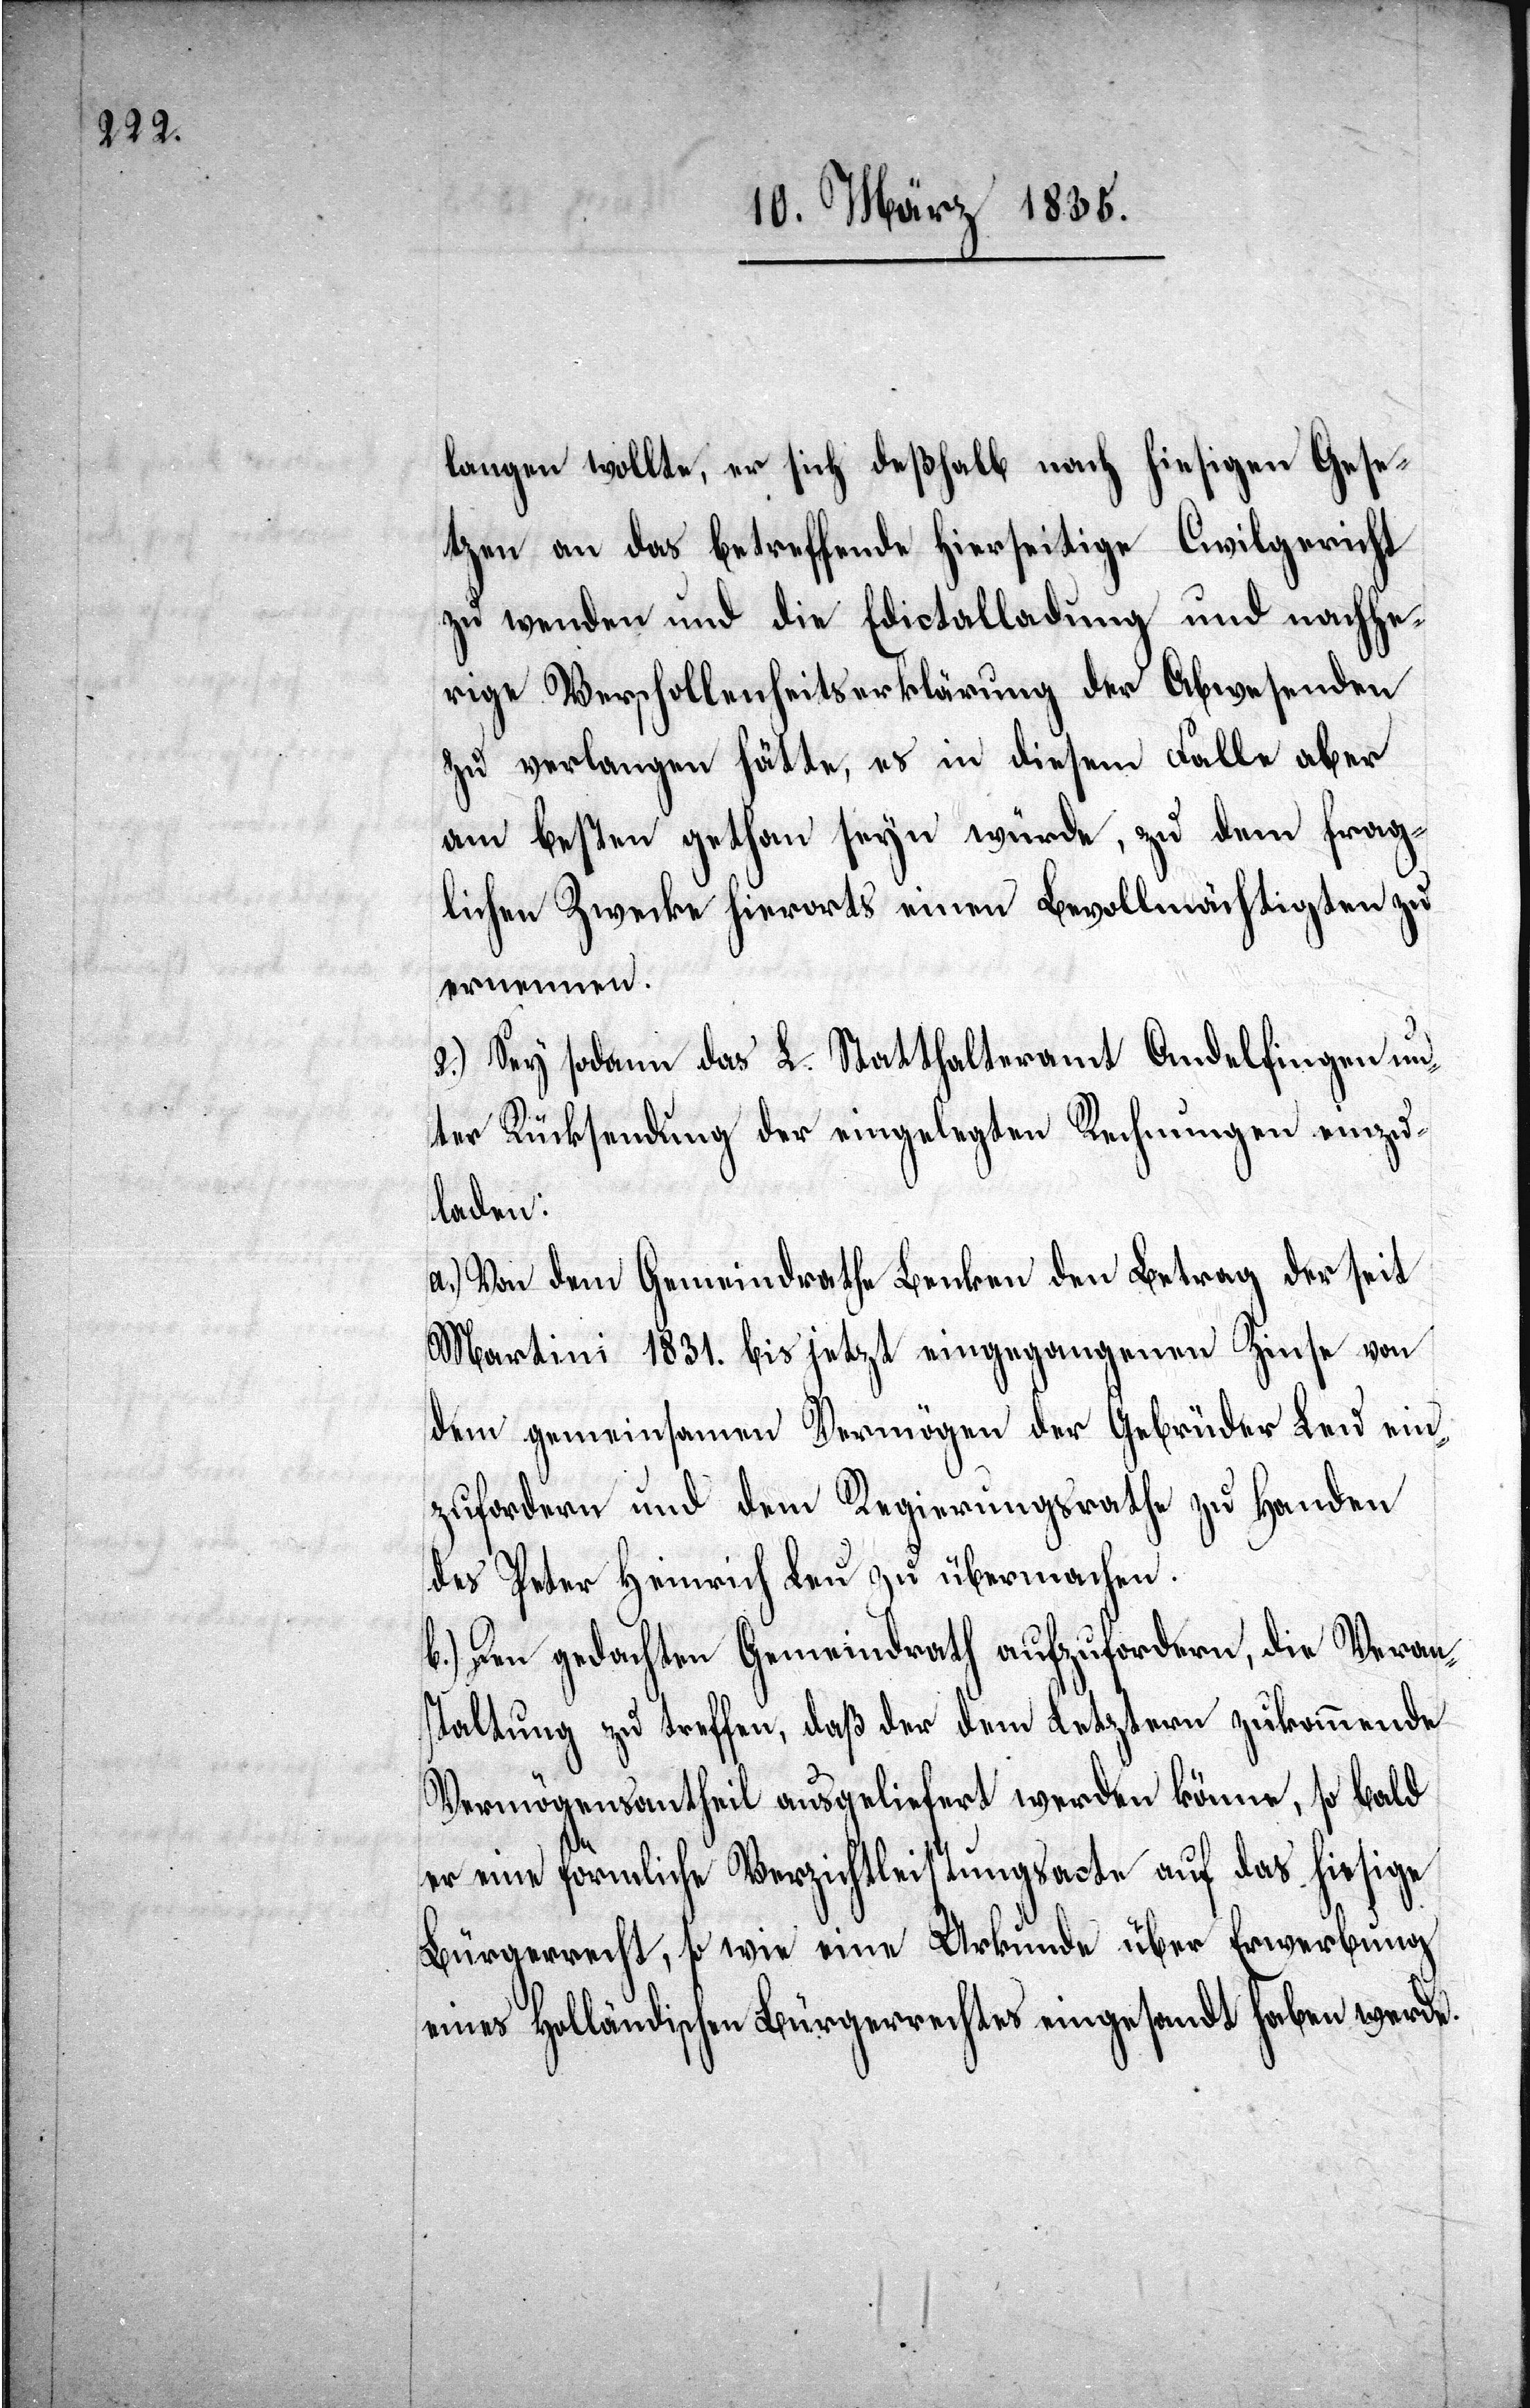
langen wollte, er sich deßhalb nach hiesigen Gese¬
tzen an das betreffende hierseitige Civilgericht
zu wenden und die Edictalladung und nachhe¬
rige Verschollenheitserklärung der Abwesenden
zu verlangen hätte, es in diesem Falle aber
am besten gethan seyn würde, zu dem frag¬
lichen Zwecke hierorts einen Bevollmächtigten zu
ernennen.
2.) Sey sodann das L. Statthalteramt Andelfingen un¬
ter Rücksendung der eingelegten Rechnungen einzu¬
laden:
a.) Von dem Gemeindrathe Benken den Betrag der seit
Martini 1831. bis jetzt eingegangenen Zinse von
dem gemeinsamen Vermögen der Gebrüder Leu ein¬
zufordern und dem Regierungsrathe zu Handen
des Peter Heinrich Leu zu übermachen.
b.) Den gedachten Gemeindrath aufzufordern, die Veran¬
staltung zu treffen, daß der dem Letztern zukommende
Vermögensantheil ausgeliefert werden könne, so bald
er eine förmliche Verzichtleistungsacte auf das hiesige
Bürgerrecht, so wie eine Urkunde über Erwerbung
eines holländischen Bürgerrechtes eingesandt haben werde.